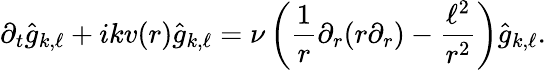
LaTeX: \partial_{t}\hat{g}_{k,\ell}+ikv(r)\hat{g}_{k,\ell}=\nu\left(\frac{1}{r}\partial_{r}(r\partial_{r})-\frac{\ell^{2}}{r^{2}}\right)\hat{g}_{k,\ell}.